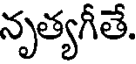
నృత్యగీతే.